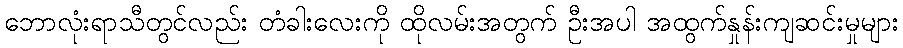
ဘောလုံးရာသီတွင်လည်း တံခါးလေးကို ထိုလမ်းအတွက် ဦးအပါ အထွက်နှုန်းကျဆင်းမှုများ